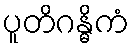
ပူတိဂန္ဓိကံ